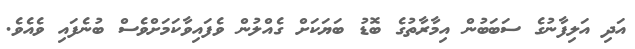
އަދި އަލިފާނުގެ ސަބަބުން އިމާރާތުގެ ބޮޑު ބަޔަކަށް ގެއްލުން ވެފައިވާކަމަށްވެސް ބުނެފައި ވެއެވެ.